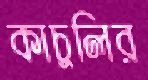
কাচুলির